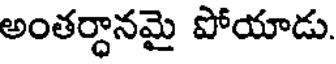
అంతర్ధానమై పోయాడు.